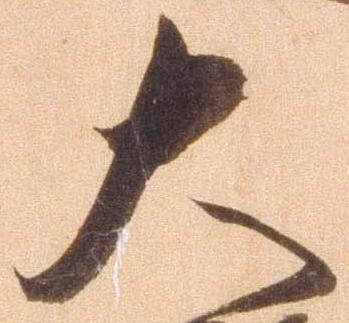
大